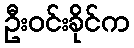
ဦးဝင်းခိုင်က